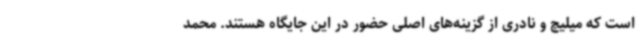
است که میلیچ و نادری از گزینه‌های اصلی حضور در این جایگاه هستند. محمد